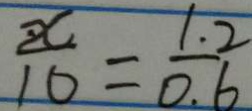
\frac { \cdot x } { 1 0 } = \frac { 1 . 2 } { 0 . 6 }